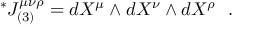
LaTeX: \vphantom { J } ^ { * } J _ { ( 3 ) } ^ { \mu \nu \rho } = d X ^ { \mu } \wedge d X ^ { \nu } \wedge d X ^ { \rho } ~ ~ .